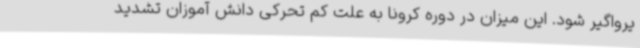
یرواگیر شود. این میزان در دوره کرونا به علت کم تحرکی دانش آموزان تشدید